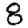
Digit: 8